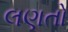
લણતો